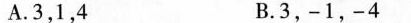
A.3,1,4 B.3,-1,-4